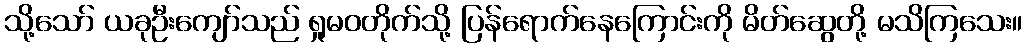
သို့သော် ယခုဦးကျော်သည် ရှုမဝတိုက်သို့ ပြန်ရောက်နေကြောင်းကို မိတ်ဆွေတို့ မသိကြသေး။